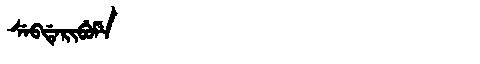
Manchu: ᠰᡝᠪᡩᡝᡵᡳᠪᡠᠮᡝ
Romanization: SEBDERIBUME